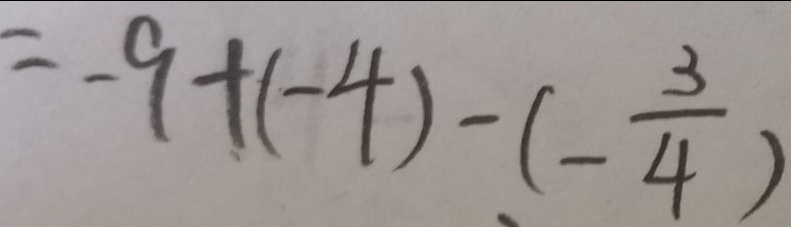
= - 9 + ( - 4 ) - ( - \frac { 3 } { 4 } )